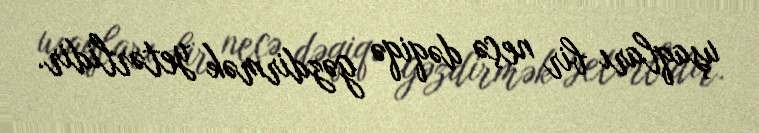
uşaqları bir neçə dəqiqə gəzdirmək yetərlidir.